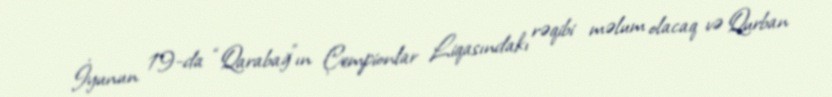
İyunun 19-da “Qarabağ”ın Çempionlar Liqasındakı rəqibi məlum olacaq və Qurban